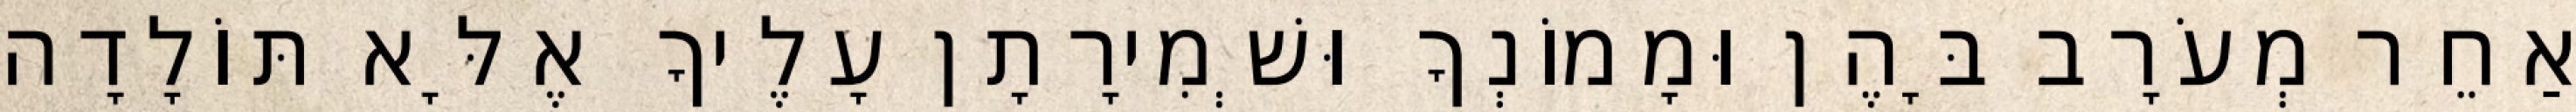
אַחֵר מְעֹרָב בָּהֶן וּמָמוֹנְךָ וּשְׁמִירָתָן עָלֶיךָ אֶלָּא תּוֹלָדָה